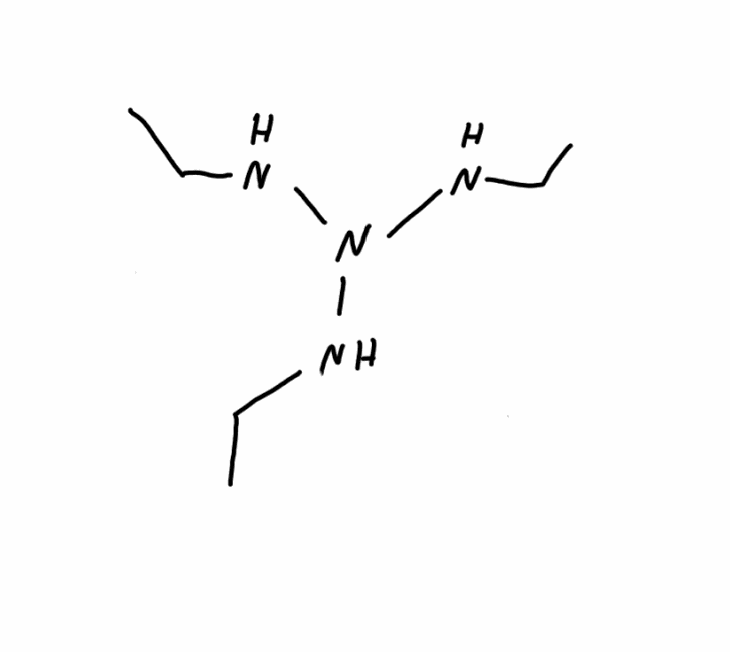
Simplified molecular-input line-entry system (SMILES) notation of the given molecule:
CCNN(NCC)NCC